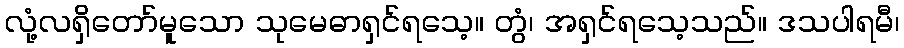
လုံ့လရှိတော်မူသော သုမေဓာရှင်ရသေ့။ တွံ၊ အရှင်ရသေ့သည်။ ဒသပါရမီ၊